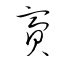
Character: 齎